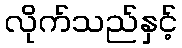
လိုက်သည်နှင့်